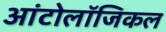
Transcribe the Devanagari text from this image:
आंटोलॉजिकल